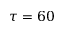
\tau = 6 0